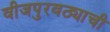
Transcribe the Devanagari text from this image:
वीजपुरवठ्याची